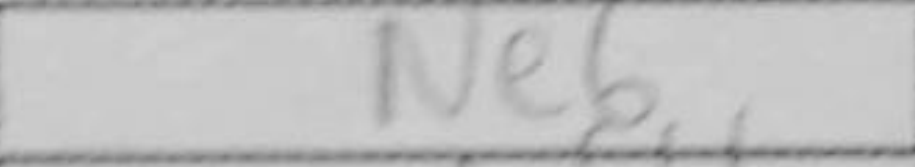
Transcription: Ne6